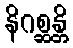
နိဂစ္ဆန္တိ